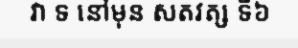
វា ទ នៅមុន សតវត្ស ទី៦